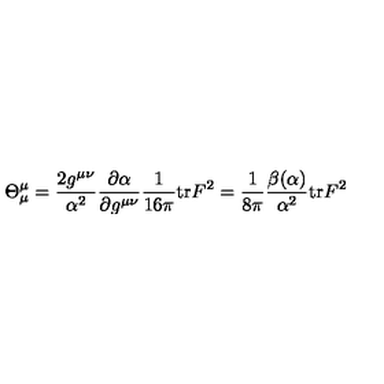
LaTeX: \Theta _ { \mu } ^ { \mu } = \frac { 2 g ^ { \mu \nu } } { \alpha ^ { 2 } } \frac { \partial \alpha } { \partial g ^ { \mu \nu } } \frac { 1 } { 1 6 \pi } \mathrm { t r } F ^ { 2 } = \frac { 1 } { 8 \pi } \frac { \beta ( \alpha ) } { \alpha ^ { 2 } } \mathrm { t r } F ^ { 2 }